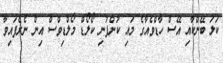
ކަލަ ބޭންކާއި އޭސް ހާޑްވެއާގެ މައި ކުންފުނި ކޯލޯޑް މޯލްޑިވްސް އިން ނެރެފައިވާ